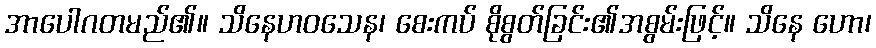
အာပေါဂတမည်၏။ သိနေဟဝသေန၊ စေးကပ် စိုစွတ်ခြင်း၏အစွမ်းဖြင့်။ သိနေ ဟော၊